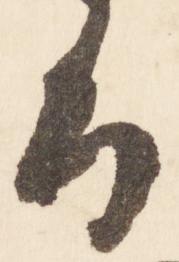
旨